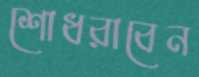
শোধরাবেন